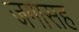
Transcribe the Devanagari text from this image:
जगासह